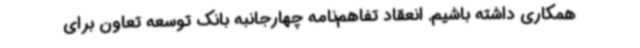
همکاری داشته باشیم. انعقاد تفاهم‌نامه چهارجانبه بانک توسعه تعاون برای